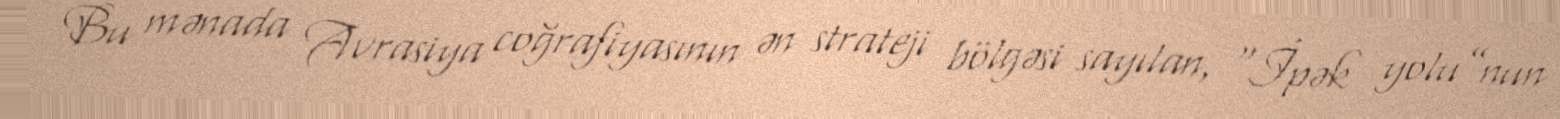
Bu mənada Avrasiya coğrafiyasının ən strateji bölgəsi sayılan, “İpək yolu”nun